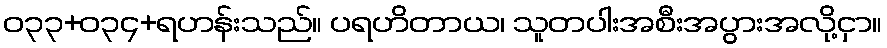
ဝ၃၃+၀၃၄+ရဟန်းသည်။ ပရဟိတာယ၊ သူတပါးအစီးအပွားအလို့ငှာ။